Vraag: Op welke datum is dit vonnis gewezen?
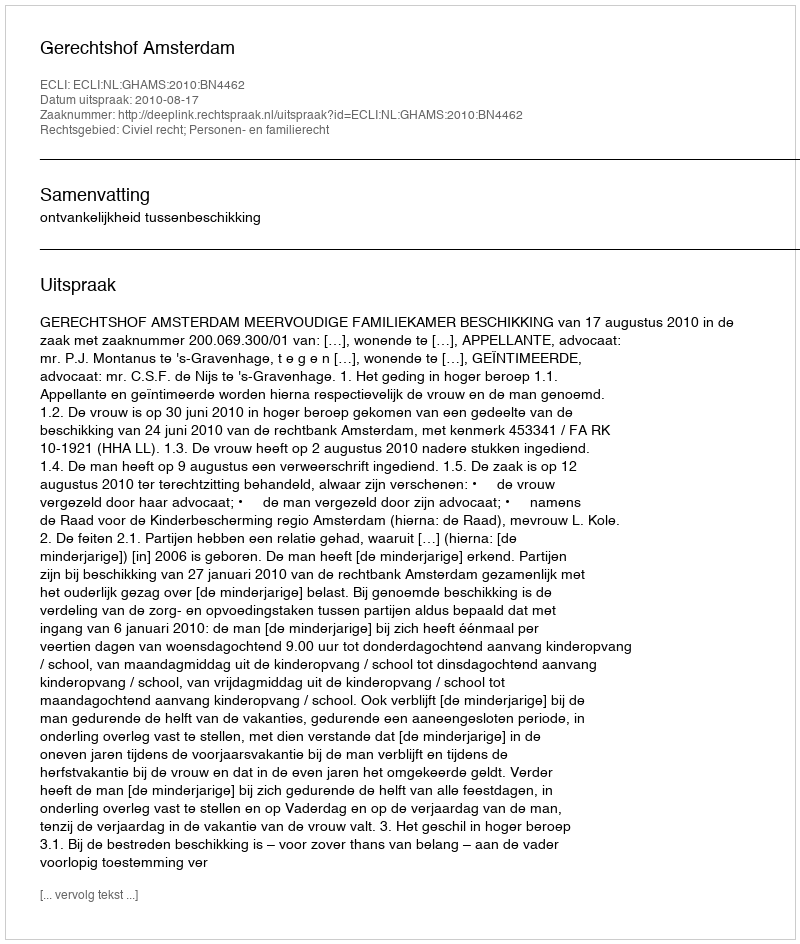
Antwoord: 2010-08-17